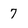
Character: 7